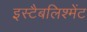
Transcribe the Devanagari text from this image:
इस्टैबलिश्मेंट